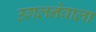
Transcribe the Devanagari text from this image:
उगलनेवाला